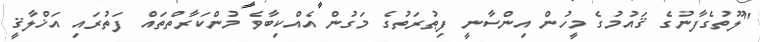
"ލޫތުގެފާނުގެ ޤައުމުގެ މީހުން އިންސާނީ ފިޠުރަތުގެ މަގުން އެއްކިބާވެ މުންކަރާތްތައް ފަތުރައި އަޚްލާޤީ